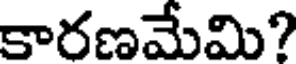
కారణమేమి?